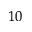
_ { 1 0 }